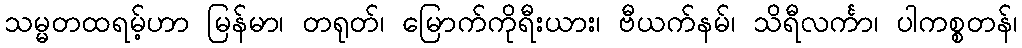
သမ္မတထရမ့်ဟာ မြန်မာ၊ တရုတ်၊ မြောက်ကိုရီးယား၊ ဗီယက်နမ်၊ သိရီလင်္ကာ၊ ပါကစ္စတန်၊